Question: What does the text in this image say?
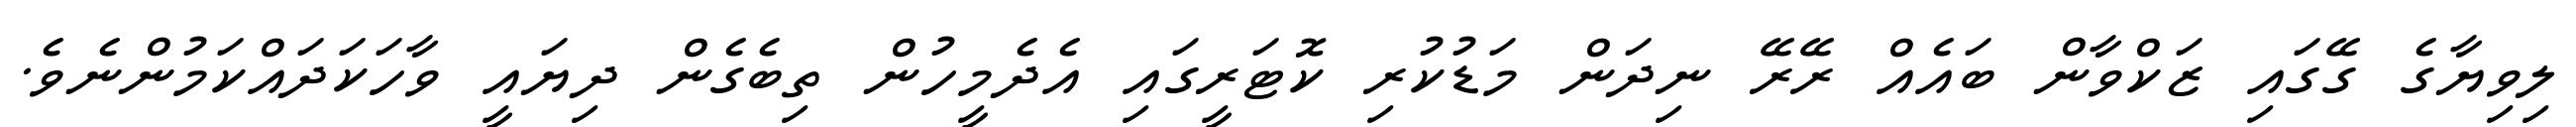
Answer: ލިވިޔާގެ ގޭގައި ޒަކްވާން ބައެއް ރޭރޭ ނިދަން މަޑުކުރި ކޮޓަރީގައި އެދެމީހުން ތިބެގެން ދިޔައީ ވާހަކަދައްކަމުންނެވެ.